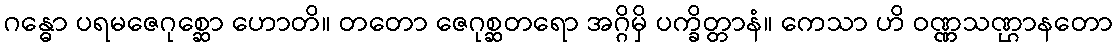
ဂန္ဓော ပရမဇေဂုစ္ဆော ဟောတိ။ တတော ဇေဂုစ္ဆတရော အဂ္ဂိမှိ ပက္ခိတ္တာနံ။ ကေသာ ဟိ ဝဏ္ဏသဏ္ဌာနတော